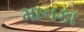
માનકા